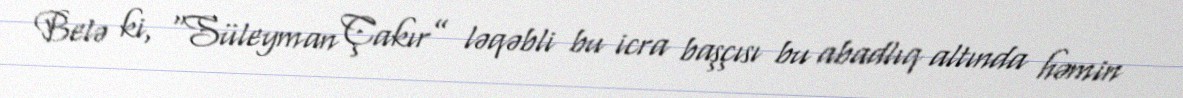
Belə ki, “Süleyman Çakır” ləqəbli bu icra başçısı bu abadlıq altında həmin